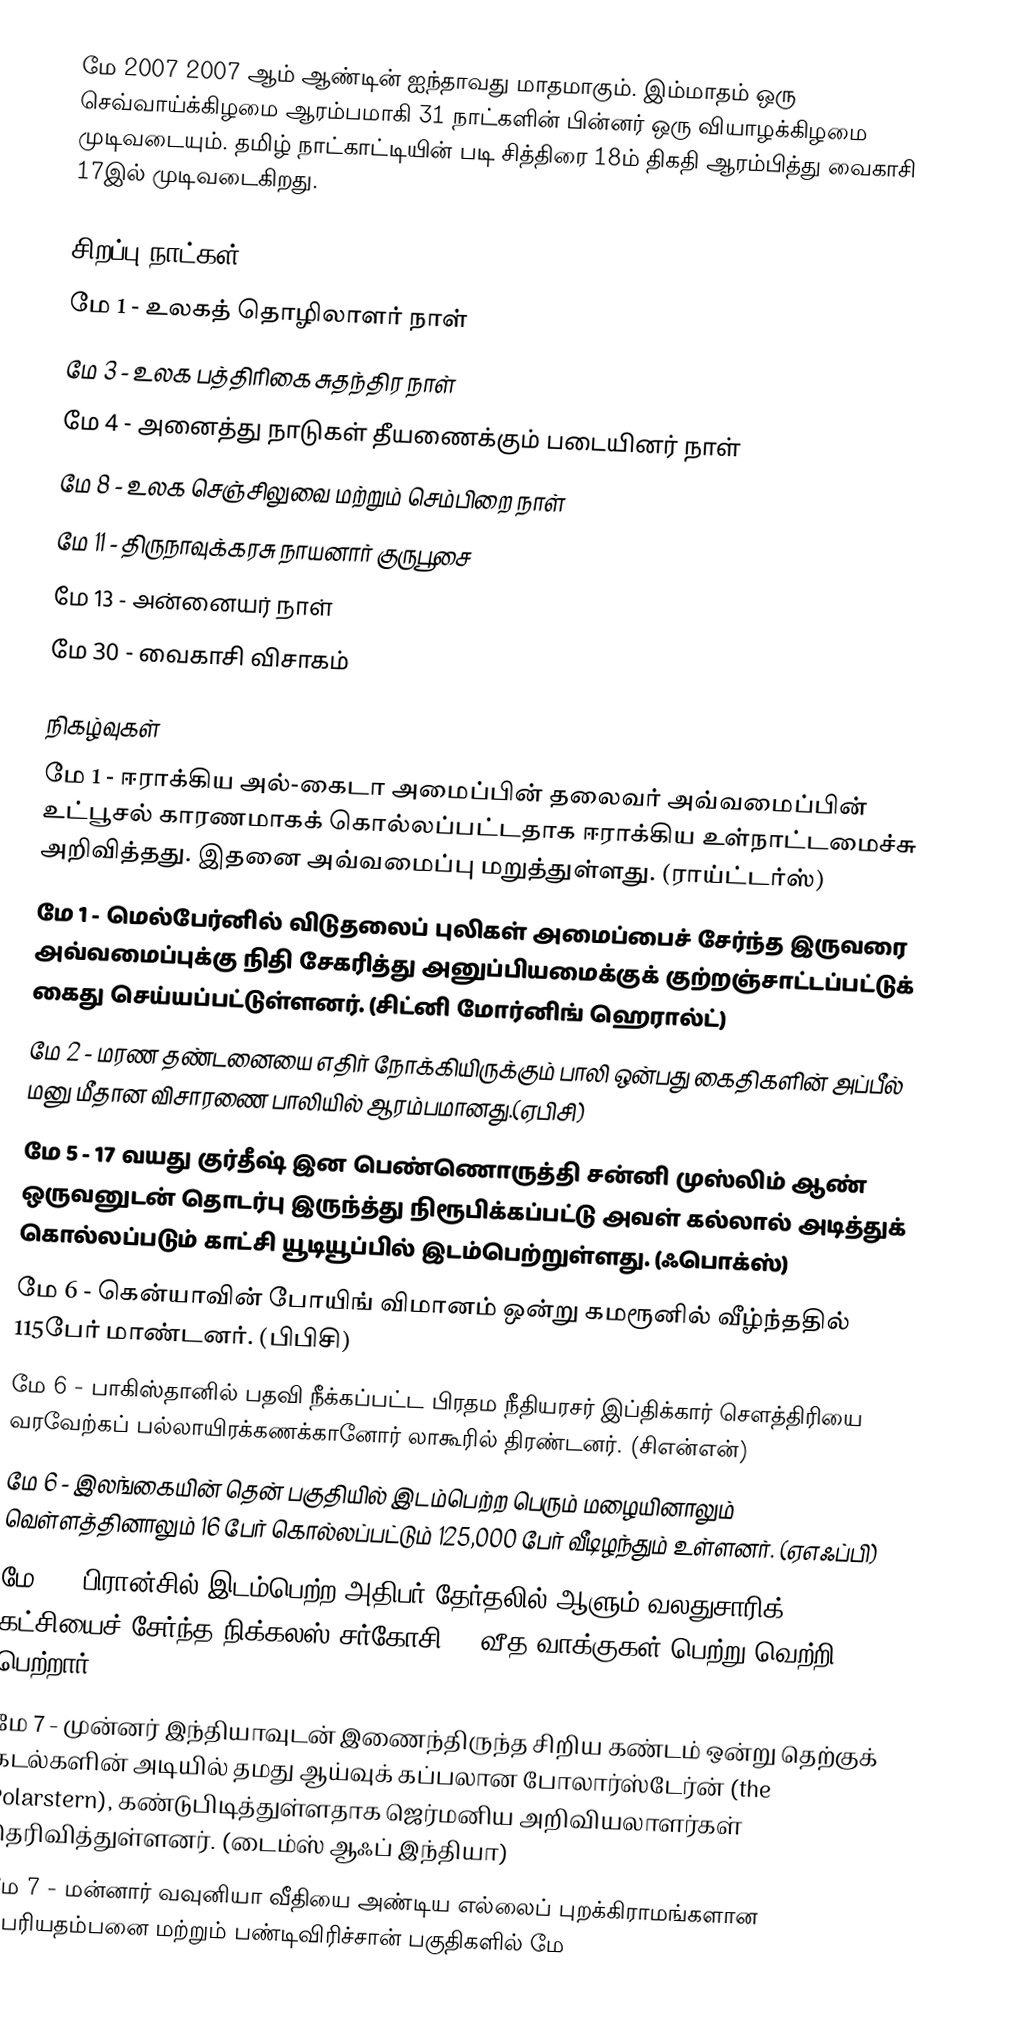
மே 2007 2007 ஆம் ஆண்டின் ஐந்தாவது மாதமாகும். இம்மாதம் ஒரு செவ்வாய்க்கிழமை ஆரம்பமாகி 31 நாட்களின் பின்னர் ஒரு வியாழக்கிழமை முடிவடையும். தமிழ் நாட்காட்டியின் படி சித்திரை 18ம் திகதி ஆரம்பித்து வைகாசி 17இல் முடிவடைகிறது.

சிறப்பு நாட்கள்
 மே 1 - உலகத் தொழிலாளர் நாள்
 மே 3 - உலக பத்திரிகை சுதந்திர நாள்
 மே 4 - அனைத்து நாடுகள் தீயணைக்கும் படையினர் நாள்
 மே 8 - உலக செஞ்சிலுவை மற்றும் செம்பிறை நாள்
 மே 11 - திருநாவுக்கரசு நாயனார் குருபூசை
 மே 13 - அன்னையர் நாள்
 மே 30 - வைகாசி விசாகம்

நிகழ்வுகள்
மே 1 - ஈராக்கிய அல்-கைடா அமைப்பின் தலைவர் அவ்வமைப்பின் உட்பூசல் காரணமாகக் கொல்லப்பட்டதாக ஈராக்கிய உள்நாட்டமைச்சு அறிவித்தது. இதனை அவ்வமைப்பு மறுத்துள்ளது. (ராய்ட்டர்ஸ்)
மே 1 - மெல்பேர்னில் விடுதலைப் புலிகள் அமைப்பைச் சேர்ந்த இருவரை அவ்வமைப்புக்கு நிதி சேகரித்து அனுப்பியமைக்குக் குற்றஞ்சாட்டப்பட்டுக் கைது செய்யப்பட்டுள்ளனர். (சிட்னி மோர்னிங் ஹெரால்ட்)
மே 2 - மரண தண்டனையை எதிர் நோக்கியிருக்கும் பாலி ஒன்பது கைதிகளின் அப்பீல் மனு மீதான விசாரணை பாலியில் ஆரம்பமானது.(ஏபிசி)
மே 5 - 17 வயது குர்தீஷ் இன பெண்ணொருத்தி சன்னி முஸ்லிம் ஆண் ஒருவனுடன் தொடர்பு இருந்த்து நிரூபிக்கப்பட்டு அவள் கல்லால் அடித்துக் கொல்லப்படும் காட்சி யூடியூப்பில் இடம்பெற்றுள்ளது. (ஃபொக்ஸ்)
மே 6 - கென்யாவின் போயிங் விமானம் ஒன்று கமரூனில் வீழ்ந்ததில் 115பேர் மாண்டனர். (பிபிசி)
மே 6 - பாகிஸ்தானில் பதவி நீக்கப்பட்ட பிரதம நீதியரசர் இப்திக்கார் சௌத்திரியை வரவேற்கப் பல்லாயிரக்கணக்கானோர் லாகூரில் திரண்டனர். (சிஎன்என்)
மே 6 - இலங்கையின் தென் பகுதியில் இடம்பெற்ற பெரும் மழையினாலும் வெள்ளத்தினாலும் 16 பேர் கொல்லப்பட்டும் 125,000 பேர் வீடிழந்தும் உள்ளனர். (ஏஎஃப்பி)
மே 7 - பிரான்சில் இடம்பெற்ற அதிபர் தேர்தலில் ஆளும் வலதுசாரிக் கட்சியைச் சேர்ந்த நிக்கலஸ் சர்கோசி 53 வீத வாக்குகள் பெற்று வெற்றி பெற்றார்.
மே 7 - முன்னர் இந்தியாவுடன் இணைந்திருந்த சிறிய கண்டம் ஒன்று தெற்குக் கடல்களின் அடியில் தமது ஆய்வுக் கப்பலான போலார்ஸ்டேர்ன் (the Polarstern), கண்டுபிடித்துள்ளதாக ஜெர்மனிய அறிவியலாளர்கள் தெரிவித்துள்ளனர். (டைம்ஸ் ஆஃப் இந்தியா)
மே 7 - மன்னார் வவுனியா வீதியை அண்டிய எல்லைப் புறக்கிராமங்களான பெரியதம்பனை மற்றும் பண்டிவிரிச்சான் பகுதிகளில் மே